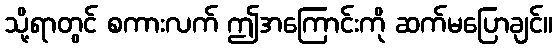
သို့ရာတွင် စကားလက် ဤအကြောင်းကို ဆက်မပြောချင်။